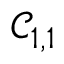
\mathcal { C } _ { 1 , 1 }